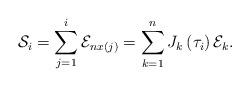
LaTeX: \begin{align*} \mathcal{S}_i=\sum_{j=1}^i \mathcal{E}_{nx(j)} =\sum_{k=1}^n J_k\left(\tau_i\right) \mathcal{E}_k.\end{align*}